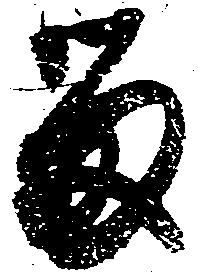
留